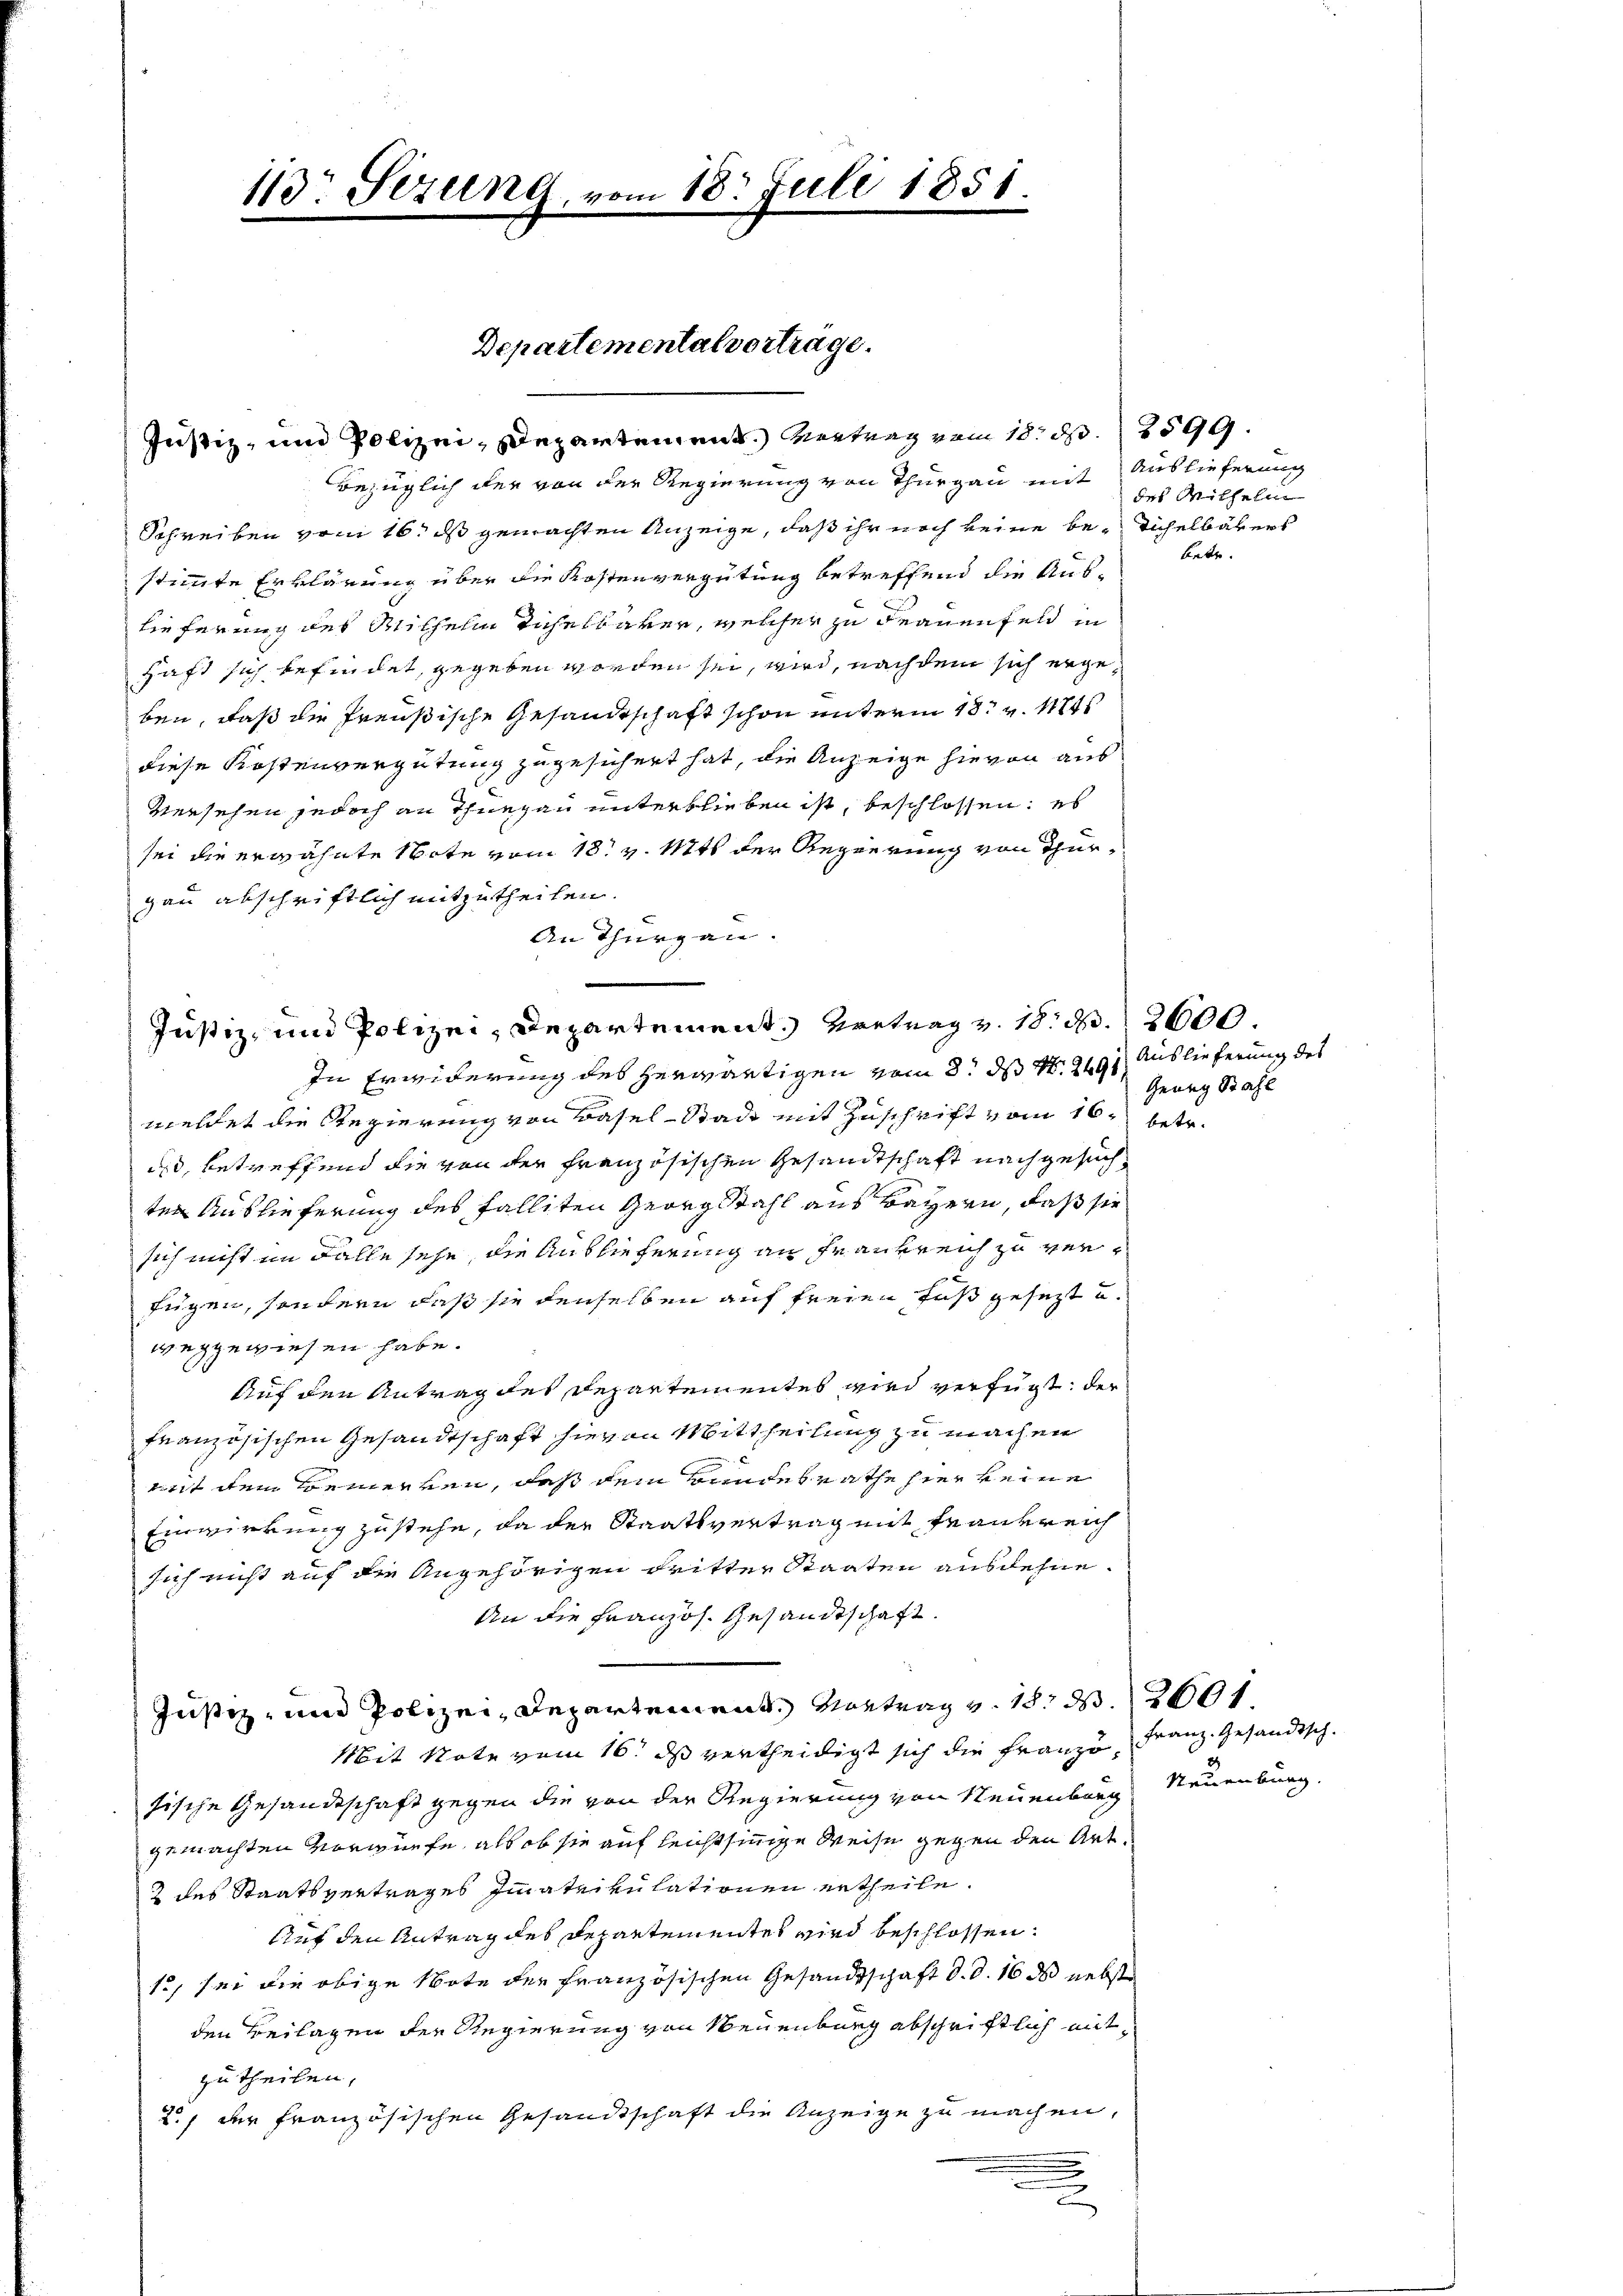
bezüglich der von der Regierung von Thurgau mit Auslieferung
Schreiben vom 16. ds gemachten Anzeige, daß ihr noch keine be- Sichelbarers
stimmte Erklärung über die Kostenvergütung betreffend die Aus-
lieferung des Wilhelm Tuchelbarer, welcher zu Frauenfeld in
haft sich befindet, gegeben worden sei, wird, nach dem sich ergeben, daß die freußische Gesandtschaft schon unterm 18t v. Mts
diese Kostenvergütung zugesichert hat, die Anzeige hievon aus
Versehen jedoch an Thurgau unterblieben ist, beschlossen: es
sei die erwähnte Note vom 18. v. 17t der Regierung von Thurgau abschriftlich mitzutheilen.
An Thurgau.

113. Sezung, vom 18. Juli 1851.

Departemental vortrage.
Justiz- und Polizei- Departement. Wertung vom 18. d. 2599.

Justiz, und Polizei, Departement. Vertrag v. 18. d. 2600.
In Erwiderung des herwärtigen vom 8. ds N. 2491. Auslieferung des

meldet die Regierung von Basel-Stadt mit Zuschrift vom 16. betr.
ud, betreffend die von der französischen Gesandtschaft nachgesuchter Auslieferung des Falliten Georg Stahl aus Bayern, daß sie
sich nicht im Falle sehe, die Anblieferung an Frankreich zu verfügen, sondern daß sie denselben auf freien Fuß gesezt u.
weggewiesen habe.
Auf den Antrag des Departementes wird verfügt: der
französischen Gesandtschaft hievon Mittheilung zu machen
mit dem Formerken, daß dem Bundesrathe hier keine
Einwirkung zustehe, da der Staatsvertrag mit Frankreich
sich nicht auf die Angehörigen dritter Staaten ausdehne.
An die Französ. Gesandtschaft.
Justiz- und Polizei- Departement. Vortrag v. 18. d. 2601
Mit Note vom 16. ds vertheidigt sich die Franze Franz. Gesandtschsische Gesandtschaft gegen die von der Regierung von Neuenburg
gemachten Vorwürfe, als ob sie auf leichtsinnige Weise gegen den Art.
2 des Staatsvertrages Immatrikulationen ertheile.
Auf den Antrag des Departementes wird beschlossen:
12, sei die obige Note der Französischen Gesandtschaft d. d. 16 ds nebst
den Beilagen der Regierung von Neuenburg abschriftlich mitzu theilen,
2., der französischen Gesandtschaft die Anzeige zu machen,
e

des Mithelm
betr.

Genug Stahl

Neuenburg.